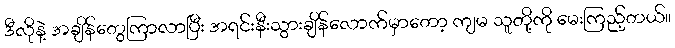
ဒီလိုနဲ့ အချိန်တွေကြာလာပြီး အရင်းနီးသွားချိန်လောက်မှာတော့ ကျမ သူတို့ကို မေးကြည့်တယ်။